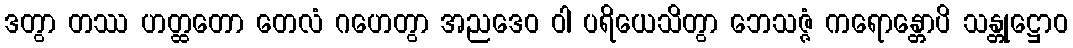
ဒတွာ တဿ ဟတ္ထတော တေလံ ဂဟေတွာ အညဒေဝ ဝါ ပရိယေသိတွာ ဘေသဇ္ဇံ ကရောန္တောပိ သန္တုဋ္ဌောဝ